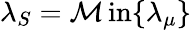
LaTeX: \lambda_{S}=\operatorname*{\mathcal{M}in}\{ \lambda_{\mu}\}